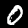
Label: 0